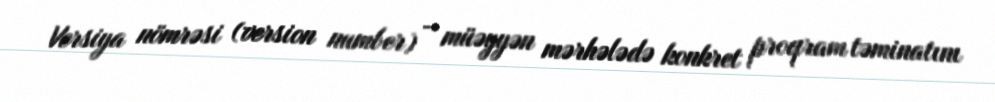
Versiya nömrəsi (version number) – müəyyən mərhələdə konkret proqram təminatını